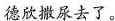
德欣撒尿去了。